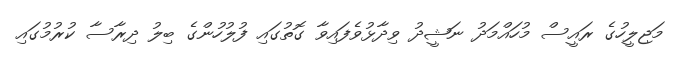
މަޖިލީހުގެ ރައީސް މުހައްމަދު ނަޝީދު ވިދާޅުވެފައިވާ ގޮތުގައި ފުލުހުންގެ ބިލު ދިރާސާ ކުރުމުގައި